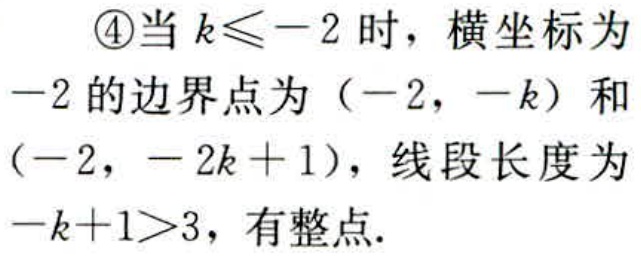
\textcircled{4}当 \(k\leqslant -2\) 时，横坐标为
\(-2\) 的边界点为 \((-2, -k)\) 和
\((-2, -2k + 1)\)，线段长度为
\(-k + 1>3\)，有整点.